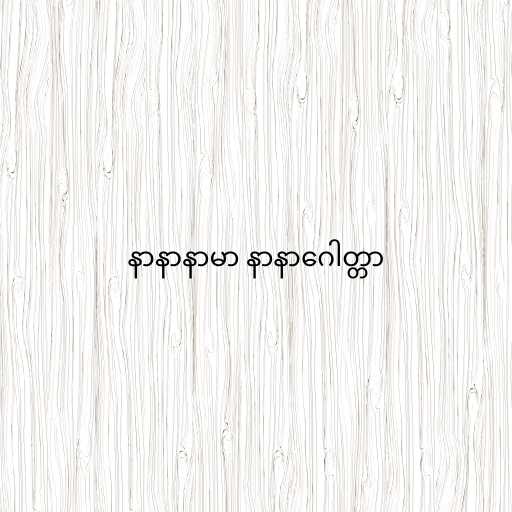
နာနာနာမာ နာနာဂေါတ္တာ